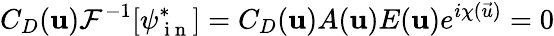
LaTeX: C_{D}(\mathbf{u})\mathcal{F}^{-1}[\psi_{\mathrm{~i~n~}}^{*}]=C_{D}(\mathbf{u})A(\mathbf{u})E(\mathbf{u})e^{i\chi(\vec{u})}=0